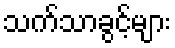
သက်သာခွင့်များ